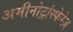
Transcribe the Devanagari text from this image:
अमीनोट्रांस्फेरेज़